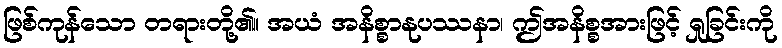
ဖြစ်ကုန်သော တရားတို့၏။ အယံ အနိစ္စာနုပဿနာ၊ ဤအနိစ္စအားဖြင့် ရှုခြင်းကို